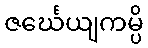
ဇင်္ဃေယျကမ္ပိ